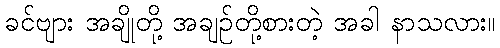
ခင်ဗျား အချိုတို့ အချဉ်တို့စားတဲ့ အခါ နာသလား။